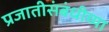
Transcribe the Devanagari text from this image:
प्रजातीसंबंधीच्या